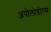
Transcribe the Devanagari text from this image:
अपोलोडोरस